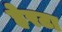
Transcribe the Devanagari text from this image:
हेरटा